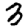
Digit: 3